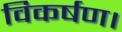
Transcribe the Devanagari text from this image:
विकर्षण।